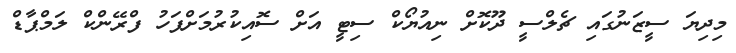
މިދިޔަ ސީޒަނުގައި ޗެލްސީ ދޫކޮށް ނިއުޔޯކް ސިޓީ އަށް ސޮއިކުރުމަށްފަހު ފްރޭންކް ލަމްޕާޑް